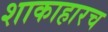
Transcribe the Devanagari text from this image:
शाकाहारच